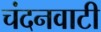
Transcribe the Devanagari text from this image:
चंदनवाटी